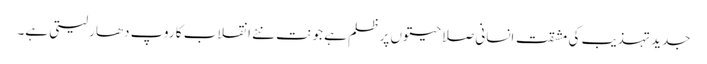
جدید تہذیب کی مشقت انسانی صلاحیتوں پر ظلم ہے جو نت نئے انقلاب کا روپ دھار لیتی ہے۔